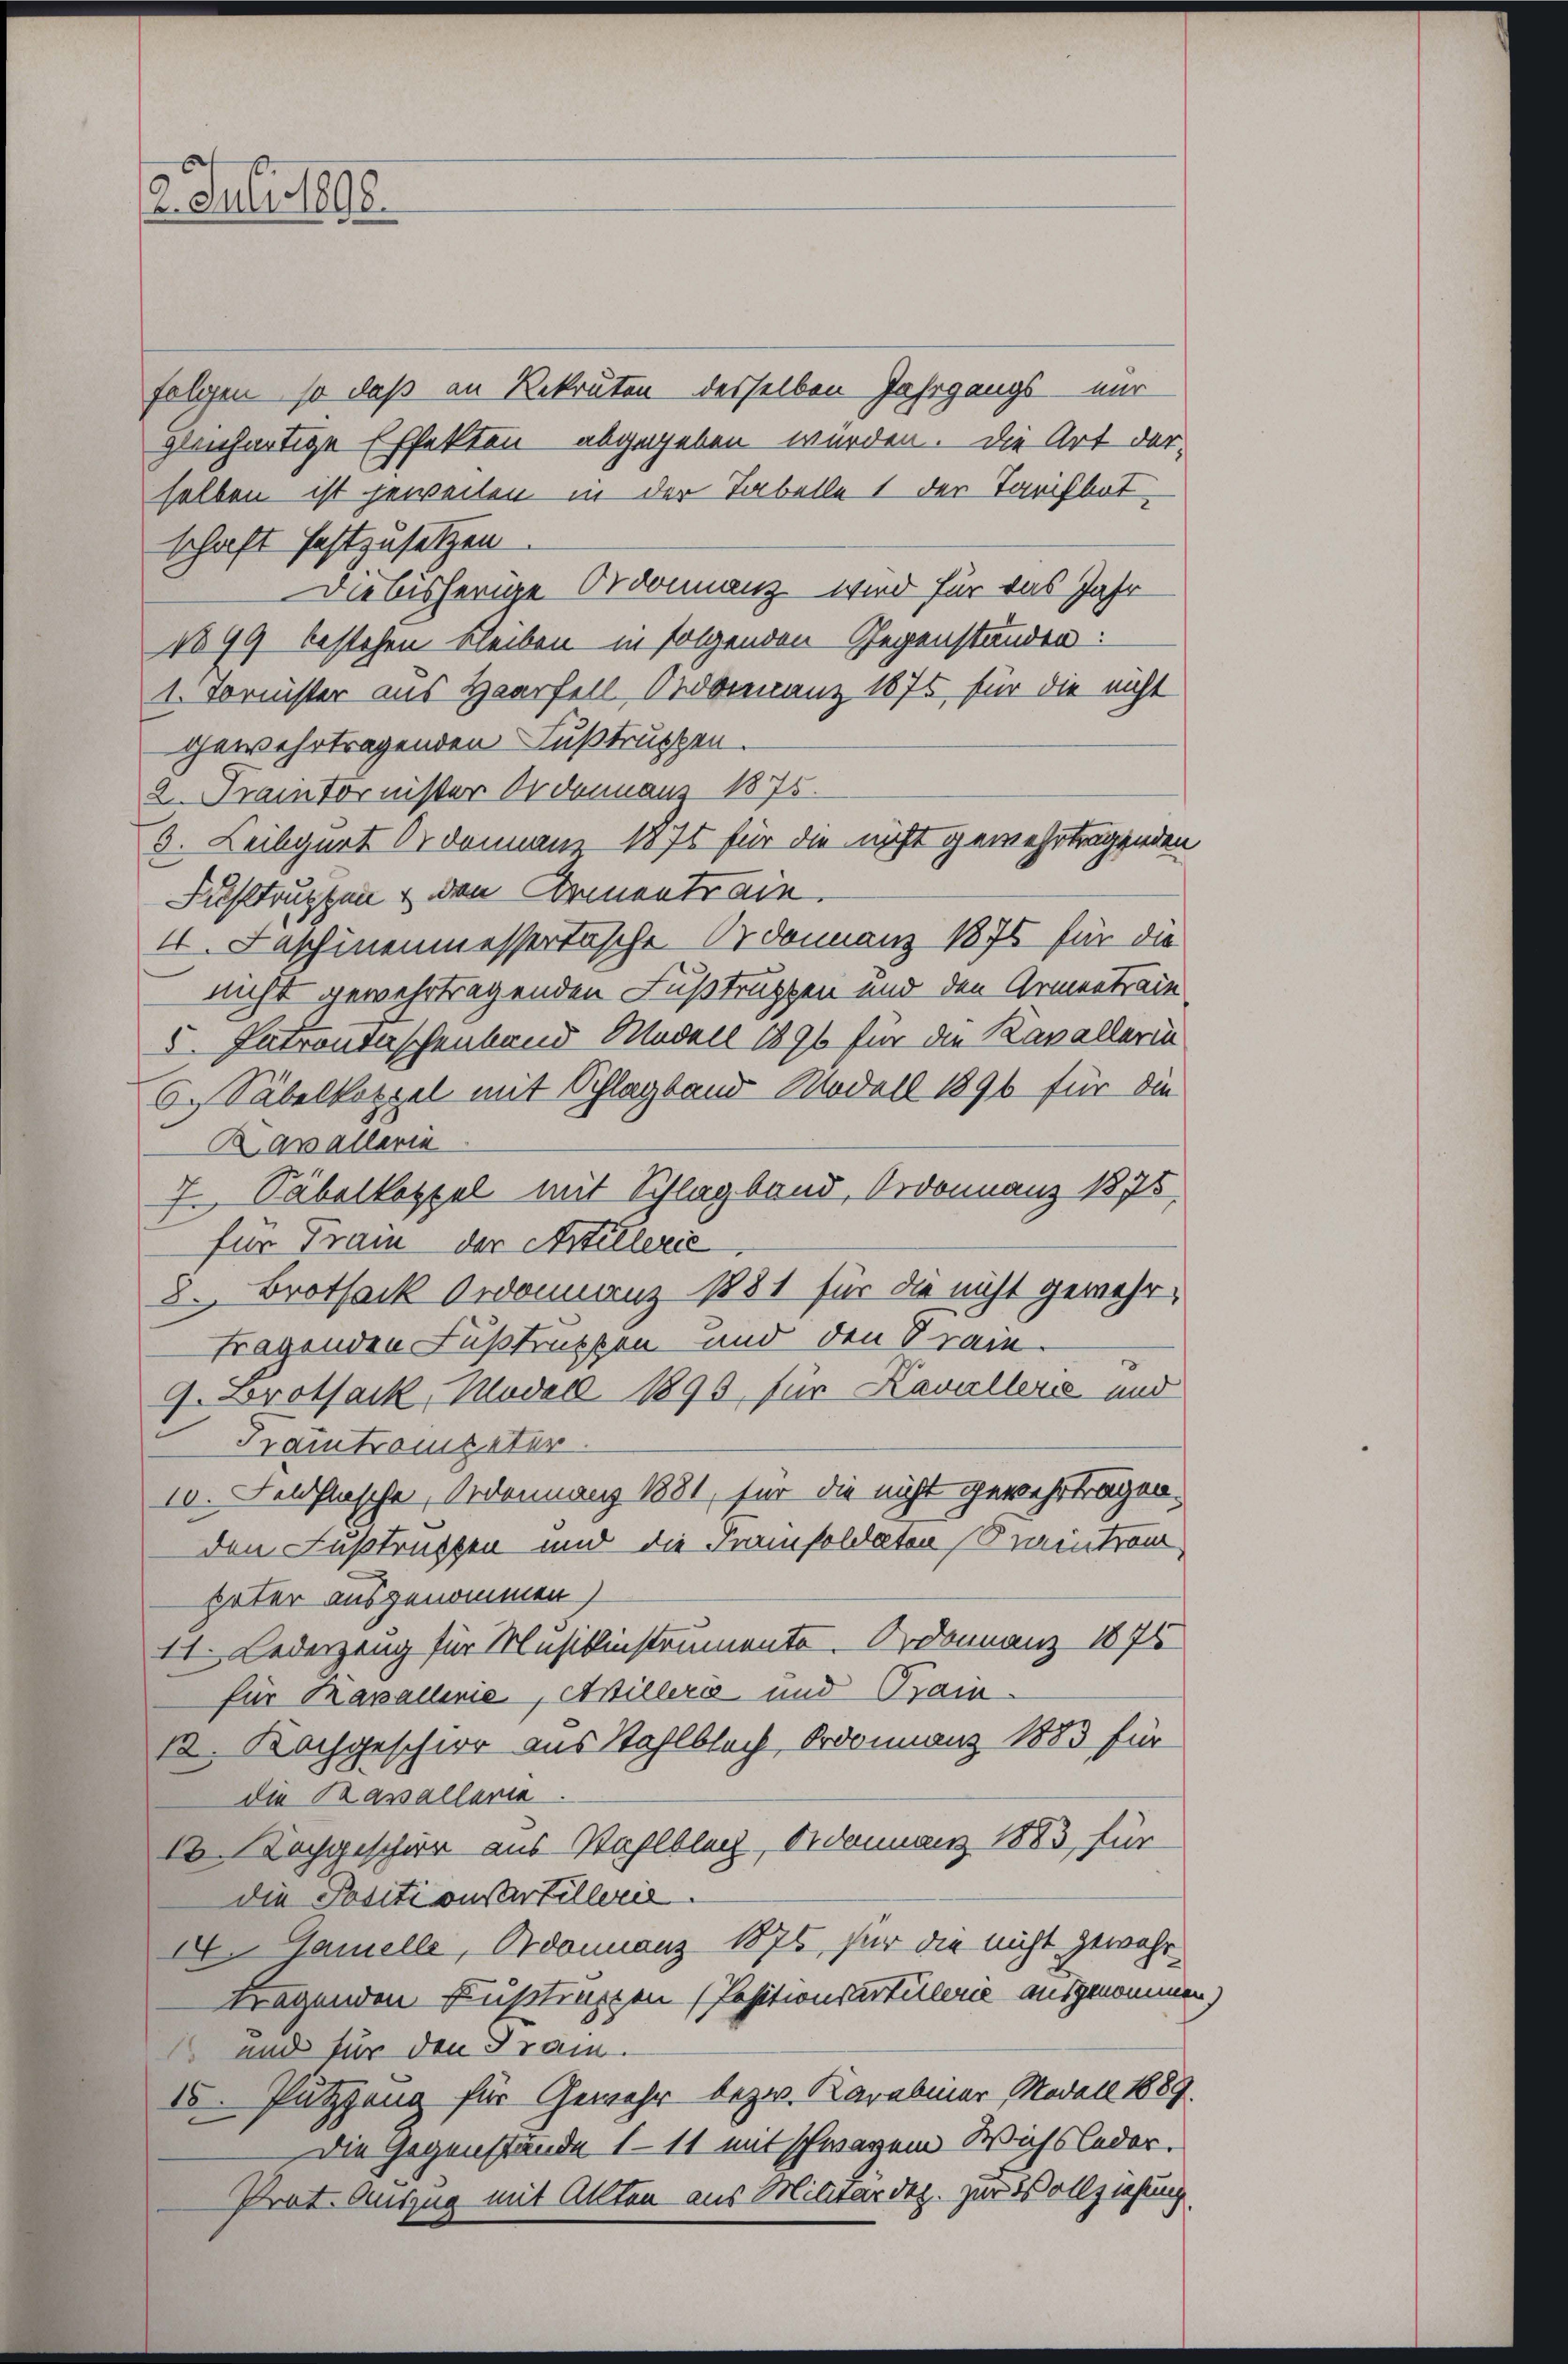
2. Juli 1890.

folgen, so daß an Rekruten desselben Jahrgangs nur
gleichartige Effekten abgegeben würden. Die Art der-
selben ist jeweilen in der Tabelle 1 der Tarifbotschaft festzusetzen
1899 bestehen bleiben in folgenden Gegenständen:
I. Fornister aus Haarfell, Ordonanz 1875 für die nicht
gewehrtragenden Fußtruppen.
2. Fraintornister Ordonnaus 1875.
5. Leibgurt Ordonnen 1875 für die nicht gewehrtragenden
Fuhltruppen & den Armentrain.
I. Faschinenmessertasche Ordonnanz 1876 für die
nicht gewehrtragenden Fußtrutzen und den Armentraie
5. Patrontaschenband Modell 1896 für die Kavallerin
6.) Säbelkotzel mit Schlagband Modell 1896 für die
Kavallerin
7 Säbelkoppel mit Schlagband, Ordonnanz 1875.
für Train der Artillerie
8. Brotsack Ordonnanz 1881 für die nicht gewehr-
tragenden Fußtruppen und den Krain.
9. Brotsack, Model 1895 für Kavallers und
Praitronpater
10. Feldflasche, Ordonnanz 1881, für die nicht gewehrtragen.
den Fußtrübten und die Franzsoldaten (Kraintrom
prter ausgenommen)
11. Lederzeug für Musikinstrumente. Ordonanz 1875
für Kavallinie, Anillerie und Train¬
12. Kochgeschir aus Wahlbach Ordonnanz 1883 für
die Kasallaria
1.  Kopgeschier aus Wahlbler, Ordonnanz 1883, für
die Positionsartillerie.
. Gamelle, Ordonnanz 1876, für die nicht gewahrfragenden Fußtrappen (Positionsartulerie ausgenommen)
 und für den Tram.
IV. Pützzang für Gewehr bezw. Karabiner Modell 1889.
Die Gegenstände 111 entschwarzem Wichsleder.
Prat. Auszug mit Allten aus Militärdep. zur Vollziehung.

Diebisherige Ordonnanz wird für das Jahr